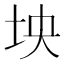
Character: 坱